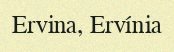
Ervina, Ervínia